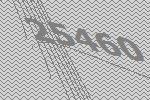
25460